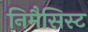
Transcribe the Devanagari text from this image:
निमैसिस्ट